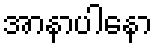
အာနာပါနော